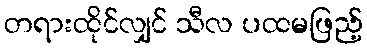
တရားထိုင်လျှင် သီလ ပထမဖြည့်